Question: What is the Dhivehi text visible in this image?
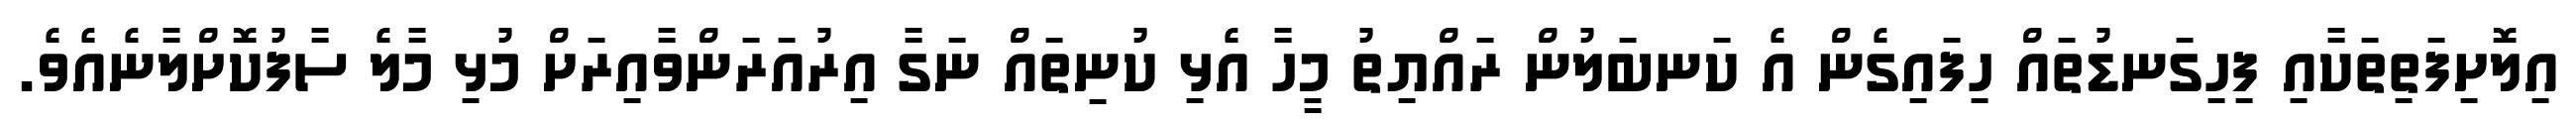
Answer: އިލޮށިފަތިތަކާއި ފިހިގަނޑުތައް ހިފައިގެން އެ ކަނބަލުން ރައްޔިތު މީހާ އެޅި ކުނިތައް ނަގާ އިރުއަރަންވާއިރަށް މުޅި މާލެ ސާފުކޮށްލާނެއެވެ.